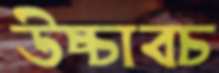
উচ্চাবচ